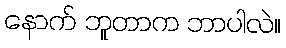
နောက် ဘူတာက ဘာပါလဲ။